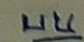
บน